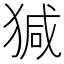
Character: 㺂